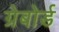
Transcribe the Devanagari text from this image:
ग्रेबोर्ड